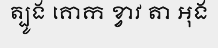
ត្បូង គោក ខ្វាវ តា អុង